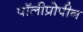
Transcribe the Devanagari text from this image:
पॉलीप्रोपीन